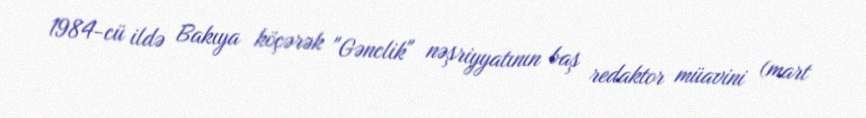
1984-cü ildə Bakıya köçərək "Gənclik" nəşriyyatının baş redaktor müavini (mart